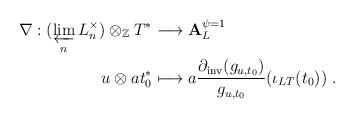
LaTeX: \begin{align*} \nabla : (\varprojlim_n L_n^\times) \otimes_\mathbb{Z} T^* & \longrightarrow \mathbf{A}_L^{\psi=1} \\ u \otimes at_0^* & \longmapsto a \frac{\partial_\mathrm{inv}(g_{u,t_0})}{g_{u,t_0}}(\iota_{LT}(t_0)) \ .\end{align*}